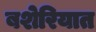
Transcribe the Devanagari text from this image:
बशेरियात